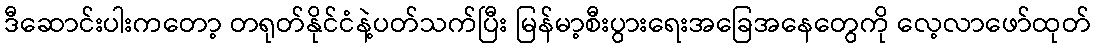
ဒီဆောင်းပါးကတော့ တရုတ်နိုင်ငံနဲ့ပတ်သက်ပြီး မြန်မာ့စီးပွားရေးအခြေအနေတွေကို လေ့လာဖော်ထုတ်